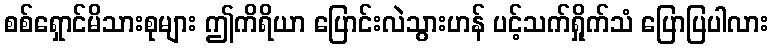
စစ်ရှောင်မိသားစုများ ဤကိရိယာ ပြောင်းလဲသွားဟန် ပင့်သက်ရှိုက်သံ ပြောပြပါလား